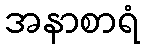
အနာစာရံ